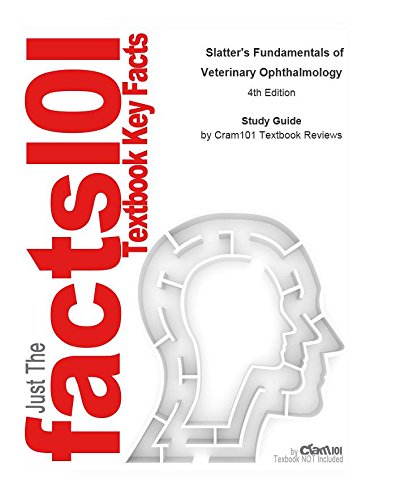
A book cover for e-Study Guide for: Slatter's Fundamentals of Veterinary Ophthalmology: Veterinary medicine, Veterinary medicine; Cram101 Textbook Reviews; Medical Books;